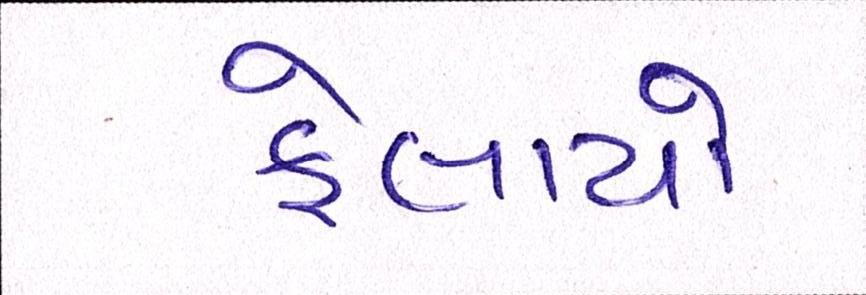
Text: ફેલાયો